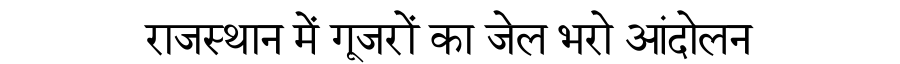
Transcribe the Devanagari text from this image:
राजस्थान में गूजरों का जेल भरो आंदोलन